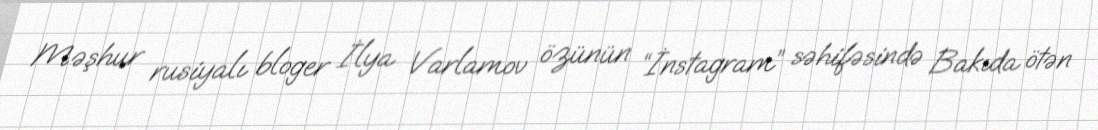
Məşhur rusiyalı bloger İlya Varlamov özünün “İnstagram” səhifəsində Bakıda ötən